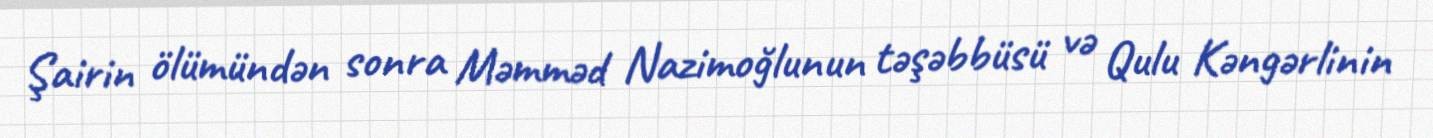
Şairin ölümündən sonra Məmməd Nazimoğlunun təşəbbüsü və Qulu Kəngərlinin